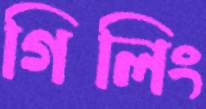
গিলিং